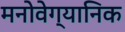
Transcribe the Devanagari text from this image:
मनोवेग्यानिक